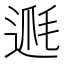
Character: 𨔅